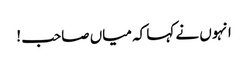
انہوں نے کہا کہ میاں صاحب !